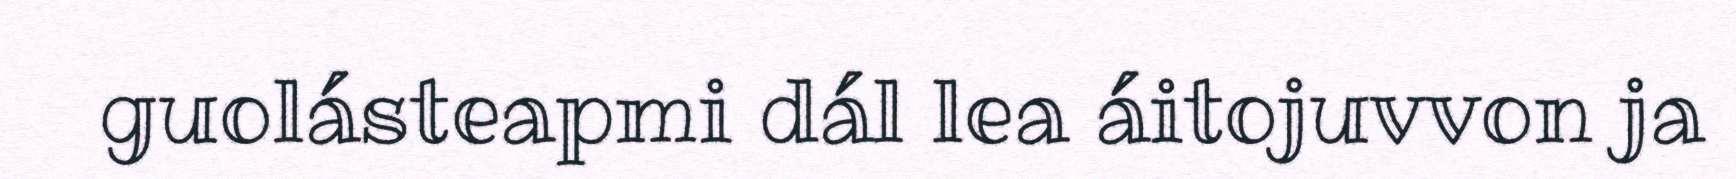
guolásteapmi dál lea áitojuvvon ja